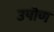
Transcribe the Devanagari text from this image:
उपोण